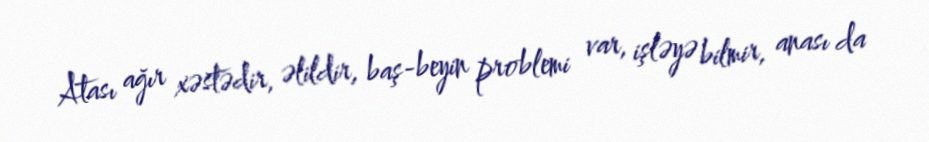
Atası ağır xəstədir, əlildir, baş-beyin problemi var, işləyə bilmir, anası da